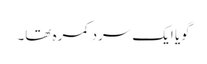
گویا ایک سرد کمرہ تھا۔